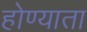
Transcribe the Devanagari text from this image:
होण्याता